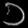
Digit: ၁